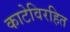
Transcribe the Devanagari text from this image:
काटेविरहित